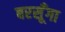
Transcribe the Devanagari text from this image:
बरसूँगा